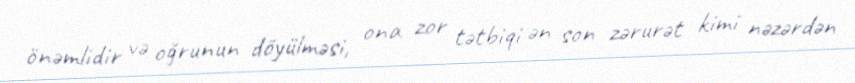
önəmlidir və oğrunun döyülməsi, ona zor tətbiqi ən son zərurət kimi nəzərdən